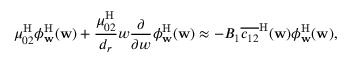
\mu _ { 0 2 } ^ { \mathrm { H } } \phi _ { \mathbf { w } } ^ { \mathrm { H } } ( \mathbf { w } ) + \frac { \mu _ { 0 2 } ^ { \mathrm { H } } } { { d _ { r } } } w \frac { \partial } { \partial w } \phi _ { \mathbf { w } } ^ { \mathrm { H } } ( \mathbf { w } ) \approx - B _ { 1 } \overline { { c _ { 1 2 } } } ^ { \mathrm { H } } ( \mathbf { w } ) \phi _ { \mathbf { w } } ^ { \mathrm { H } } ( \mathbf { w } ) ,